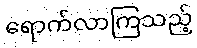
ရောက်လာကြသည့်